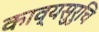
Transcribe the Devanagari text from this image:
काव्यसुरुचि